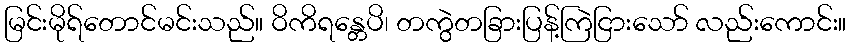
မြင်းမိုရ်တောင်မင်းသည်။ ဝိကိရန္တေပိ၊ တကွဲတခြားပြန့်ကြဲငြားသော် လည်းကောင်း။